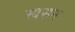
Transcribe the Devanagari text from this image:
स्वसन